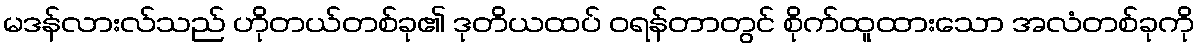
မဒန်လားလ်သည် ဟိုတယ်တစ်ခု၏ ဒုတိယထပ် ဝရန်တာတွင် စိုက်ထူထားသော အလံတစ်ခုကို